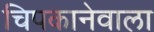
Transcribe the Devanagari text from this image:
चिपकानेवाला